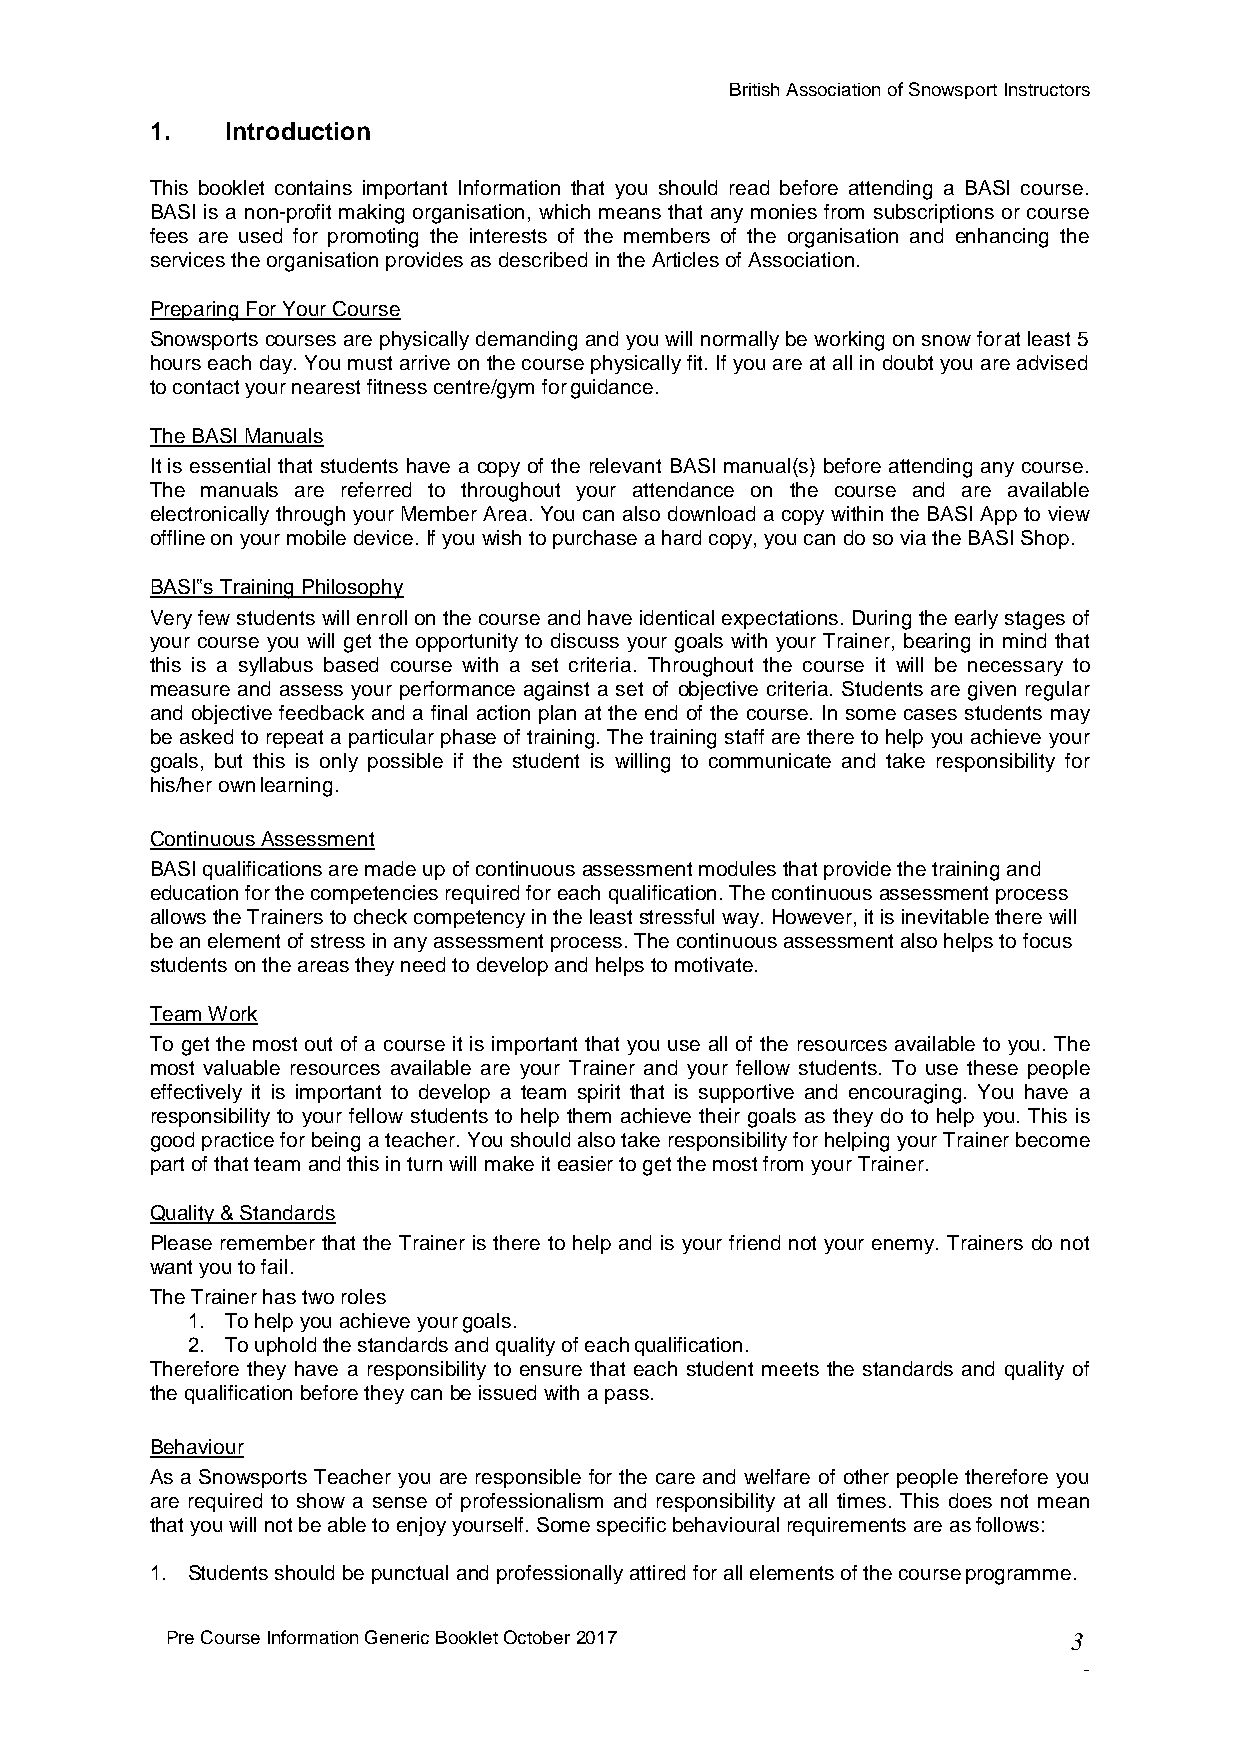
British Association of Snowsport Instructors
 1.   Introduction
 This booklet contains important Information that you should read before attending a BASI course.
 BASI is a non-profit making organisation, which means that any monies from subscriptions or course
 fees are used for promoting the interests of the members of the organisation and enhancing the
 services the organisation provides as described in the Articles of Association.
 Preparing For Your Course
 Snowsports courses are physically demanding and you will normally be working on snow for at least 5
 hours each day. You must arrive on the course physically fit. If you are at all in doubt you are advised
 to contact your nearest fitness centre/gym for guidance.
 The BASI Manuals
 It is essential that students have a copy of the relevant BASI manual(s) before attending any course.
 The manuals are referred to throughout your attendance on the course and are available
 electronically through your Member Area. You can also download a copy within the BASI App to view
 offline on your mobile device. If you wish to purchase a hard copy, you can do so via the BASI Shop.
 BASI‟s Training Philosophy
 Very few students will enroll on the course and have identical expectations. During the early stages of
 your course you will get the opportunity to discuss your goals with your Trainer, bearing in mind that
 this is a syllabus based course with a set criteria. Throughout the course it will be necessary to
 measure and assess your performance against a set of objective criteria. Students are given regular
 and objective feedback and a final action plan at the end of the course. In some cases students may
 be asked to repeat a particular phase of training. The training staff are there to help you achieve your
 goals, but this is only possible if the student is willing to communicate and take responsibility for
 his/her own learning.
 Continuous Assessment
 BASI qualifications are made up of continuous assessment modules that provide the training and
 education for the competencies required for each qualification. The continuous assessment process
 allows the Trainers to check competency in the least stressful way. However, it is inevitable there will
 be an element of stress in any assessment process. The continuous assessment also helps to focus
 students on the areas they need to develop and helps to motivate.
 Team Work
 To get the most out of a course it is important that you use all of the resources available to you. The
 most valuable resources available are your Trainer and your fellow students. To use these people
 effectively it is important to develop a team spirit that is supportive and encouraging. You have a
 responsibility to your fellow students to help them achieve their goals as they do to help you. This is
 good practice for being a teacher. You should also take responsibility for helping your Trainer become
 part of that team and this in turn will make it easier to get the most from your Trainer.
 Quality & Standards
 Please remember that the Trainer is there to help and is your friend not your enemy. Trainers do not
 want you to fail.
 The Trainer has two roles
 1. To help you achieve your goals.
 2. To uphold the standards and quality of each qualification.
 Therefore they have a responsibility to ensure that each student meets the standards and quality of
 the qualification before they can be issued with a pass.
 Behaviour
 As a Snowsports Teacher you are responsible for the care and welfare of other people therefore you
 are required to show a sense of professionalism and responsibility at all times. This does not mean
 that you will not be able to enjoy yourself. Some specific behavioural requirements are as follows:
 1. Students should be punctual and professionally attired for all elements of the course programme.
 Pre Course Information Generic Booklet October 2017         3
 -